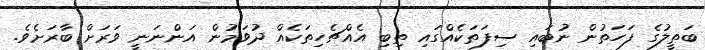
ބަތީލުގެ ފަހަތުން ނުބައި ސިފަތަކެއްގައި ތިބި އެއްޗެހިތަކެއް ދުވަމުން އަންނަނީ ވަރަށް ބާރަށެވެ.